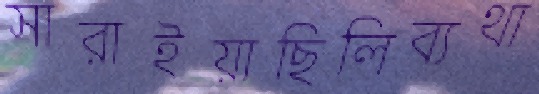
সারাইয়াছিলিব্যথা